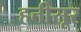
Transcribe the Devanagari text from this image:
हत्तीसूर